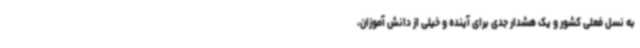
به نسل فعلی کشور و یک هشدار جدی برای آینده و خیلی از دانش آموزان،